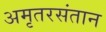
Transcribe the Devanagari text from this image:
अमृतरसंतान